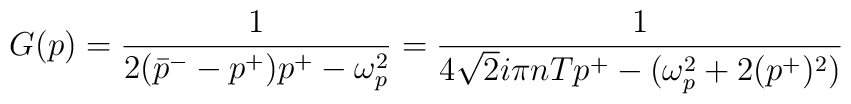
G (p) = \frac{1}{2(\bar{p}^{-} - p^{+})p^{+} - \omega_{p}^{2}} =\frac{1}{4\sqrt{2}i\pi nTp^{+} - (\omega_{p}^{2} +2(p^{+})^{2})}